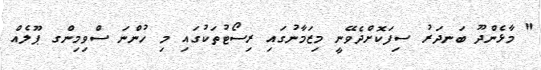
" މާޅެންދޫ ބަނދަރު ސިފަކޮށްދެވޭނީ މިޒަމާނުގައި ރިސޯޓުތަކުގައި މި ހުންނަ ސްވިމިންގ ޕޫލެއް